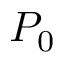
P _ { 0 }